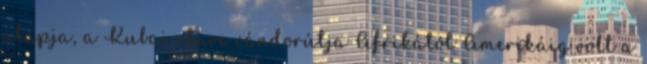
alapja, a Kubai clave vándorútja Afrikától Amerikáig volt a